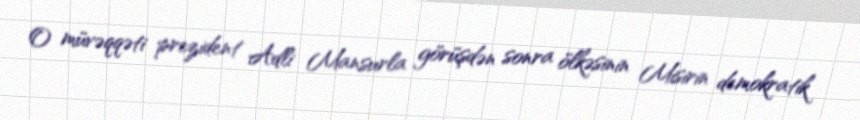
O müvəqqəti prezident Adli Mansurla görüşdən sonra ölkəsinin Misirin demokratik